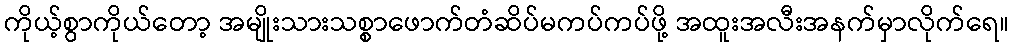
ကိုယ့်စွာကိုယ်တော့ အမျိုးသားသစ္စာဖောက်တံဆိပ်မကပ်ကပ်ဖို့ အထူးအလီးအနက်မှာလိုက်ရေ။